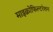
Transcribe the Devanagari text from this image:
माइक्रोफिल्टरेशन